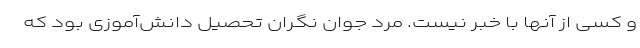
و کسی از آنها با خبر نیست. مرد جوان نگران تحصیل دانش‌آموزی بود که